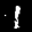
Label: 1